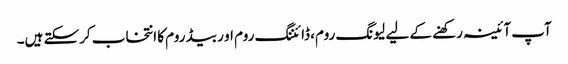
آپ آئینہ رکھنے کے لیے لیونگ روم، ڈائننگ روم او ر بیڈ روم کا انتخاب کرسکتے ہیں۔